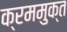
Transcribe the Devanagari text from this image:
क्रममुक्त